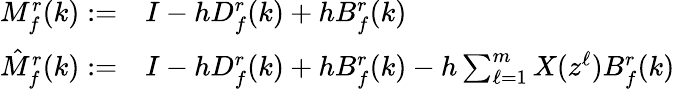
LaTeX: \begin{array}{rl}{M_{f}^{r}(k):=}&{{}I-hD_{f}^{r}(k)+hB_{f}^{r}(k)}\\ {\hat{M}_{f}^{r}(k):=}&{{}I-hD_{f}^{r}(k)+hB_{f}^{r}(k)-h\textstyle\sum_{\ell=1}^{m}X(z^{\ell})B_{f}^{r}(k)}\end{array}